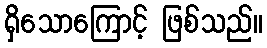
ရှိသောကြောင့် ဖြစ်သည်။